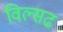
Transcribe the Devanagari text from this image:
विल्सढ